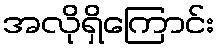
အလိုရှိကြောင်း